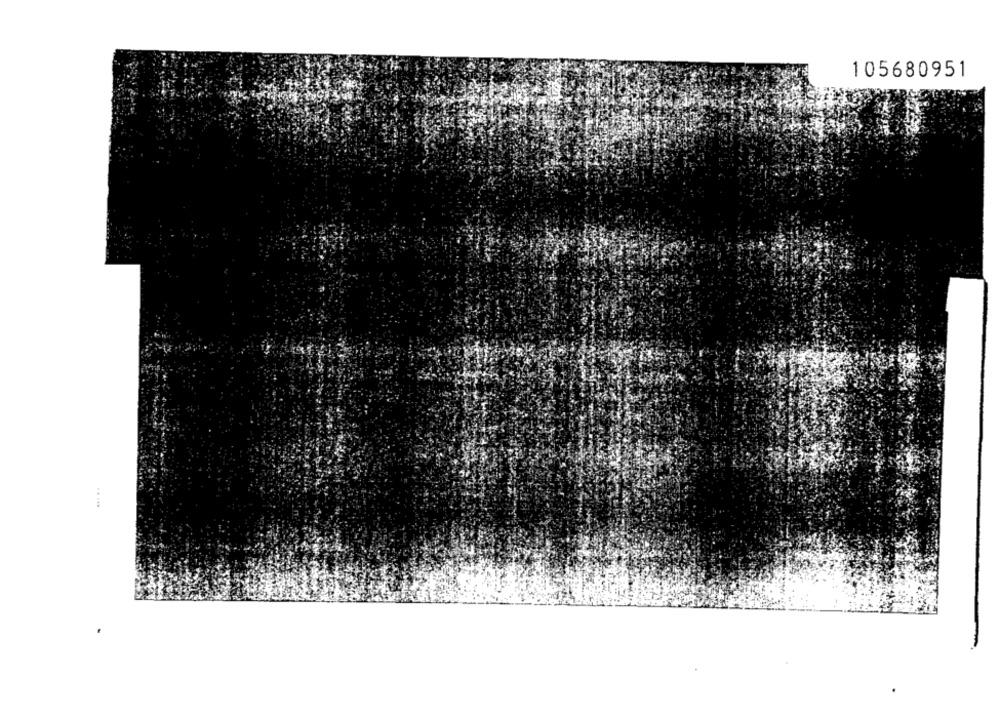
105680951
.. ...